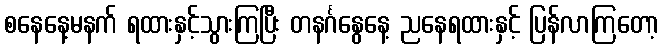
စနေနေ့မနက် ရထားနှင့်သွားကြပြီး တနင်္ဂနွေနေ့ ညနေရထားနှင့် ပြန်လာကြတော့